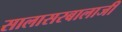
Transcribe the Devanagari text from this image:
सालासरबालाजी